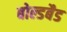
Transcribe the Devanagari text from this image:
बोल्डबैड